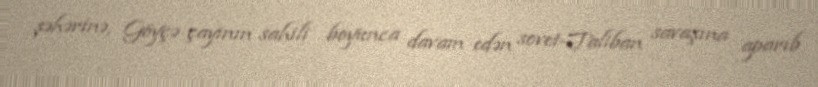
şəhərinə, Göyçə çayının sahili boyunca davam edən sovet-Taliban savaşına aparıb